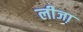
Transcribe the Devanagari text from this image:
लीजा़